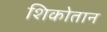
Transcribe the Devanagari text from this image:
शिकोतान